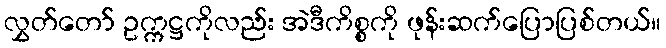
လွှတ်တော် ဥက္ကဋ္ဌကိုလည်း အဲဒီကိစ္စကို ဖုန်းဆက်ပြောပြစ်တယ်။